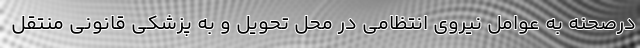
درصحنه به عوامل نیروی انتظامی در محل تحویل و به پزشکی قانونی منتقل